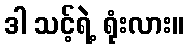
ဒါ သင့်ရဲ့ ရုံးလား။